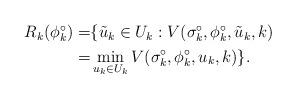
LaTeX: \begin{align*}\begin{aligned} R_k(\phi^\circ_k)=&\{\Tilde{u}_k\in U_k: V(\sigma^\circ_k,\phi^\circ_k,\Tilde{u}_k,k) \\ =&\min_{u_k\in U_k} V(\sigma^\circ_k,\phi^\circ_k,u_k,k) \}. \end{aligned}\end{align*}